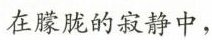
在朦胧的寂静中，